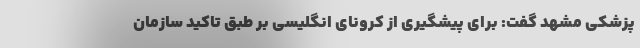
پزشکی مشهد گفت: برای پیشگیری از کرونای انگلیسی بر طبق تاکید سازمان